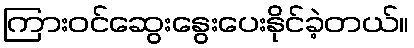
ကြားဝင်ဆွေးနွေးပေးနိုင်ခဲ့တယ်။